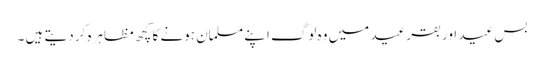
بس عید اور بقر عید میں وہ لوگ اپنے مسلمان ہونے کا کچھ مظاہرہ کر دیتے ہیں ۔